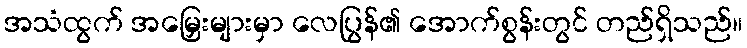
အသံထွက် အမြှေးများမှာ လေပြွန်၏ အောက်စွန်းတွင် တည်ရှိသည်။